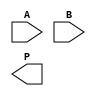
module radix4_wallace_tree_multiplier #(parameter N = 8) (
    input [N-1:0] A, // Multiplicand
    input [N-1:0] B, // Multiplier
    output reg [2*N-1:0] P // Product
);

    // Generate partial products
    wire [N-1:0] pp [0:3]; // Partial products
    genvar i;
    generate
        for (i = 0; i < N; i = i + 1) begin : pp_gen
            assign pp[0][i] = (B[1:0] == 2'b00) ? 0 : (B[1:0] == 2'b01) ? A[i] : 
                              (B[1:0] == 2'b10) ? (A[i] << 1) : (A[i] << 1) + A[i];
        end
    endgenerate

    // Wallace Tree Reduction
    wire [N+1:0] sum [0:N-1]; // Sums at each level
    wire [N-1:0] carry [0:N-1]; // Carries at each level

    // First stage: Combine partial products
    generate
        for (i = 0; i < N; i = i + 1) begin : stage1
            if (i % 2 == 0) begin
                assign {carry[i], sum[i]} = pp[i/2] + pp[i/2 + 1];
            end else begin
                assign {carry[i], sum[i]} = pp[i/2 + 1] + pp[i/2 + 2];
            end
        end
    endgenerate

    // Second stage: Continue combining sums and carries
    wire [N+1:0] final_sum;
    wire final_carry;

    generate
        for (i = 0; i < N-1; i = i + 1) begin : stage2
            assign {final_carry, final_sum} = sum[i] + carry[i];
        end
    endgenerate

    // Final addition to get the product
    always @(*) begin
        P = final_sum + final_carry;
    end

endmodule